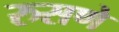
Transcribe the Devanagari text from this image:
रुसणे